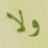
ولا